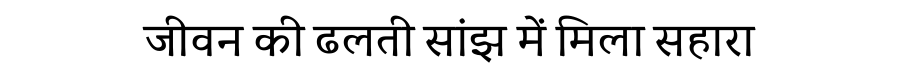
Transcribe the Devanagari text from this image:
जीवन की ढलती सांझ में मिला सहारा